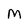
Character: M